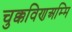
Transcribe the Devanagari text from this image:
चुक्कविणअम्मि